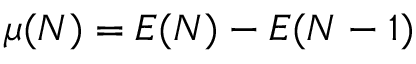
\mu ( N ) = E ( N ) - E ( N - 1 )